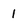
Character: 1